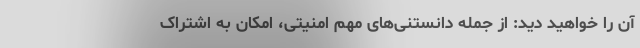
آن را خواهید دید: از جمله دانستنی‌های مهم امنیتی، امکان به اشتراک